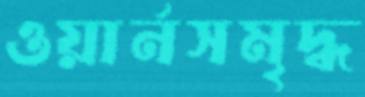
ওয়ার্নসমৃদ্ধ